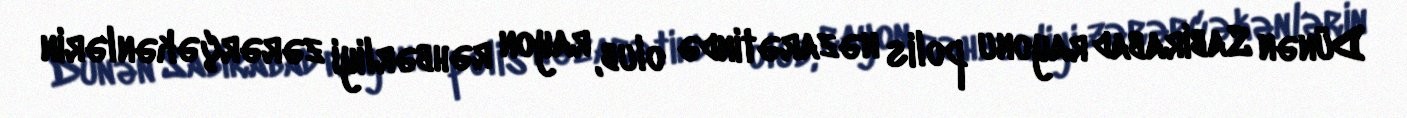
Dünən Sabirabad rayonu polis nəzarətində olub, rayon rəhbərliyi zərərçəkənlərin